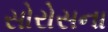
સોરોસના